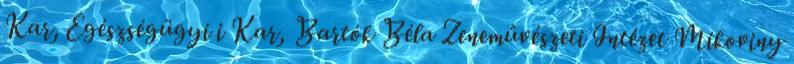
Kar, Egészségügyi i Kar, Bartók Béla Zenemûvészeti Intézet Mikoviny